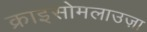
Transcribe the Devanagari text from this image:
क्राइसोमलाउज़ा